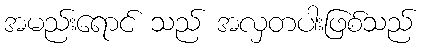
အမည်းရောင် သည် အလှတပါးဖြစ်သည်